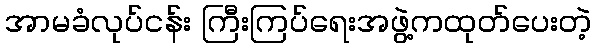
အာမခံလုပ်ငန်း ကြီးကြပ်ရေးအဖွဲ့ကထုတ်ပေးတဲ့